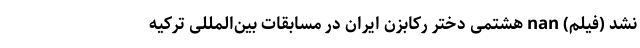
نشد (فیلم) nan هشتمی دختر رکابزن ایران در مسابقات بین‌المللی ترکیه